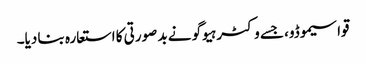
قواسیموڈو، جسے وکٹر ہیوگو نے بد صورتی کا استعارہ بنا دیا۔